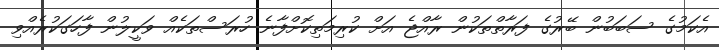
އެކަމުގެ ސަބަބުން ބޭރުގެ ފަރާތްތަކުން ރާއްޖެ އަށް ކުރިމަތިކޮށްފާނެ ހުރަސްތަކެއް ވަކީލުން ފާހަގަކުރެއްވި